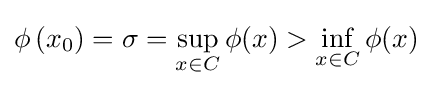
\phi \left(x_{0}\right)=\sigma =\sup _{x\in C}\phi (x)>\inf _{x\in C}\phi (x)